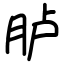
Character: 胪